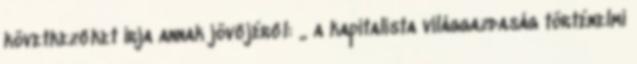
következőket írja annak jövőjéről: „ a kapitalista világgazdaság történelmi